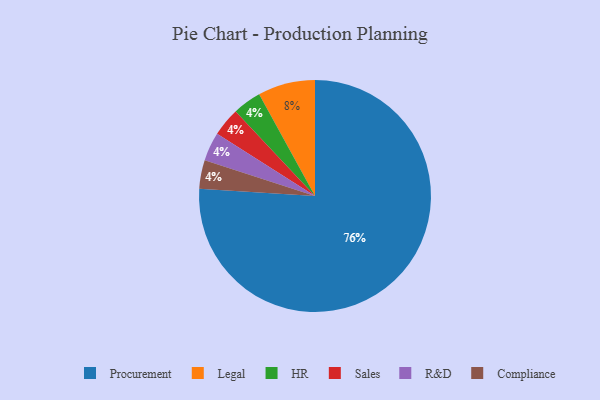
{"axis": {"x": "Category", "y": "Percentage"}, "legend": ["Compliance", "HR", "Legal", "Procurement", "R&D", "Sales"], "data": [{"x": "HR", "y": 4, "type": "HR"}, {"x": "Legal", "y": 8, "type": "Legal"}, {"x": "Sales", "y": 4, "type": "Sales"}, {"x": "R&D", "y": 4, "type": "R&D"}, {"x": "Compliance", "y": 4, "type": "Compliance"}, {"x": "Procurement", "y": 76, "type": "Procurement"}]}